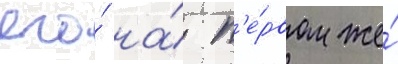
его́ на́ п'е́рвом же́